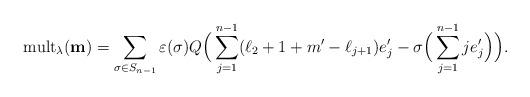
LaTeX: \begin{align*} {\rm mult}_\lambda(\mathbf{m})=\sum_{\sigma\in S_{n-1}}\varepsilon(\sigma)Q\Big(\sum_{j=1}^{n-1}(\ell_2+1+m'-\ell_{j+1})e'_j-\sigma\Big(\sum_{j=1}^{n-1}je'_j\Big)\Big).\end{align*}